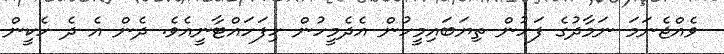
ވެއްޖެނަމަ ނަމާދުގެ ފަހުން ތިޔަބައިމީހުން އެދެމީހުން ހިފަހައްޓާނީއެވެ. ދެން އެ ދެ ހެކީން